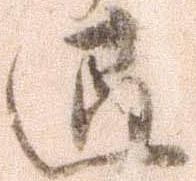
退